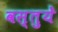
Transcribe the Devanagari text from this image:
वस्‍तुयें